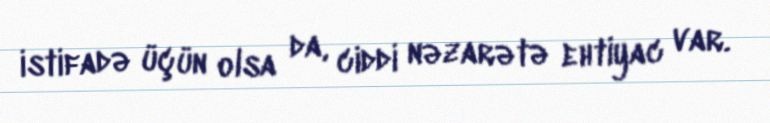
istifadə üçün olsa da, ciddi nəzarətə ehtiyac var.